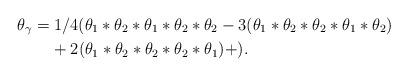
LaTeX: \begin{align*}\theta_\gamma &= 1/4(\theta_1*\theta_2*\theta_1*\theta_2*\theta_2 - 3(\theta_1*\theta_2*\theta_2*\theta_1*\theta_2)\\ &\;\;\;\; + 2(\theta_1*\theta_2*\theta_2*\theta_2*\theta_1) + ).\end{align*}